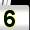
Digit: 5